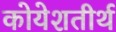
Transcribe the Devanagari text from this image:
कोयेशतीर्थ